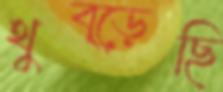
থুব্‌ড়েছি